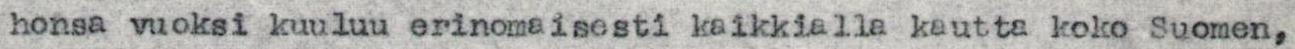
honsa vuoksi kuuluu erinomaisesti kaikkialla kautta koko Suomen,